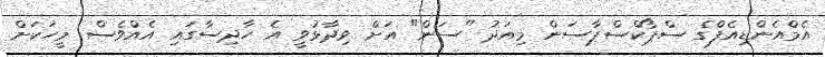
އެމްއެންޑިއެފްގެ ސްޕޯކްސްޕާސަން މިއަދު "ސަން" އަށް ވިދާޅުވީ އެ ހާދިސާގައި އެއްވެސް މީހަކަށް